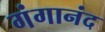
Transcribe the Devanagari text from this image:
गंगानंद